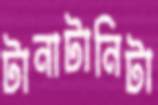
টানাটানিটা